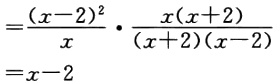
\[

=\frac{(x - 2)^2}{x} \cdot \frac{x(x + 2)}{(x + 2)(x - 2)} \\

=x - 2

\]